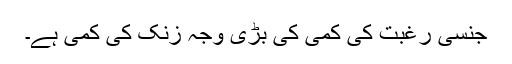
جنسی رغبت کی کمی کی بڑی وجہ زنک کی کمی ہے۔